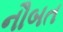
નૌબત